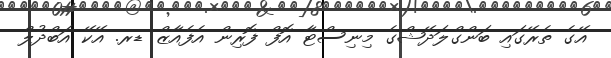
އޭގެ ތެރޭގައި ބަންގްލަދޭޝްގެ މިނިސްޓާ އޮފް ފޮރިން އެފެއާޒް ޑރ. އޭކޭ އަބްދުލް